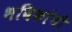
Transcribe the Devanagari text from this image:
भविकांची